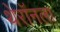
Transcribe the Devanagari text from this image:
थेरॉनला